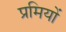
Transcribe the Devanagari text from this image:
प्रमियों